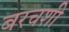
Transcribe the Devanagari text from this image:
बरचशी